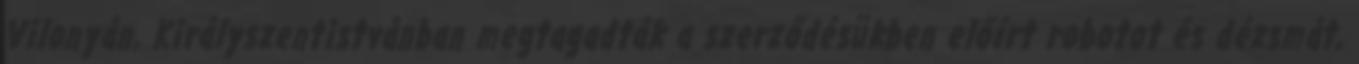
Vilonyán, Királyszentistvánban megtagadták a szerződésükben előírt robotot és dézsmát,